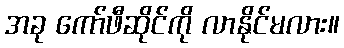
အခု ကော်ဖီဆိုင်ကို လာနိုင်မလား။